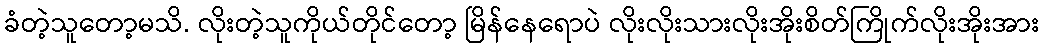
ခံတဲ့သူတော့မသိ. လိုးတဲ့သူကိုယ်တိုင်တော့ မြိန်နေရောပဲ လိုးလိုးသားလိုးအိုးစိတ်ကြိုက်လိုးအိုးအား